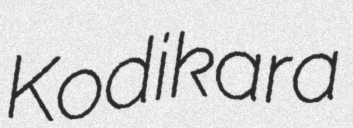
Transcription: Kodikara